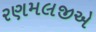
રણમલજીએ